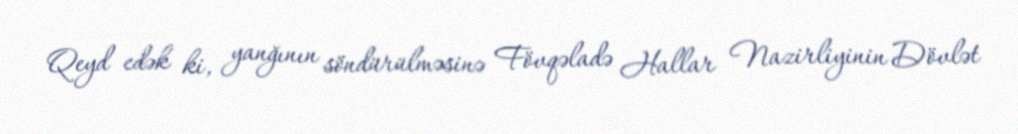
Qeyd edək ki, yanğının söndürülməsinə Fövqəladə Hallar Nazirliyinin Dövlət